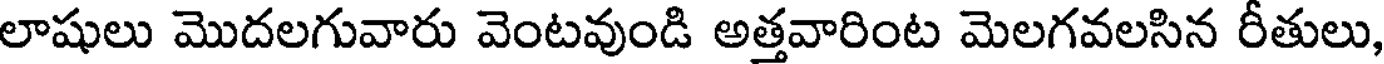
లాషులు మొదలగువారు వెంటవుండి అత్తవారింట మెలగవలసిన రీతులు,